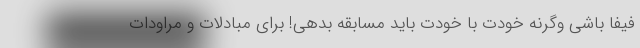
فیفا باشی وگرنه خودت با خودت باید مسابقه بدهی! برای مبادلات و مراودات